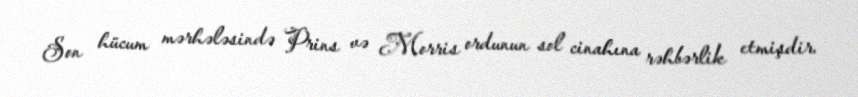
Son hücum mərhələsində Prins və Morris ordunun sol cinahına rəhbərlik etmişdir.